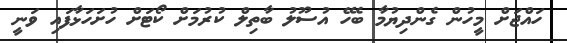
ހައްޖަށް މީހުން ގެންދިޔުމާ ބެހޭ އުސޫލު ބާތިލް ކުރުމަށް ކޯޓަށް ހުށަހަޅާފައި ވަނީ